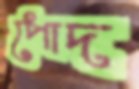
পোদ